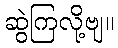
ဆွဲကြလို့ဗျ။